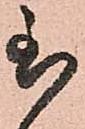
至